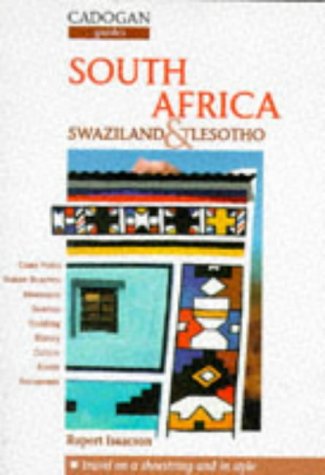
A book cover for South Africa: Swaziland and Lesotho (Cadogan Guides); Rupert Isaacson; Travel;